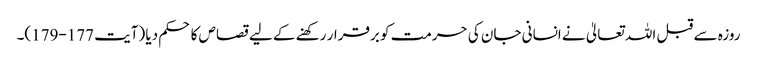
روزہ سے قبل اللہ تعالیٰ نے انسانی جان کی حرمت کو برقرار رکھنے کے لیے قصاص کا حکم دیا (آیت 177-179)۔